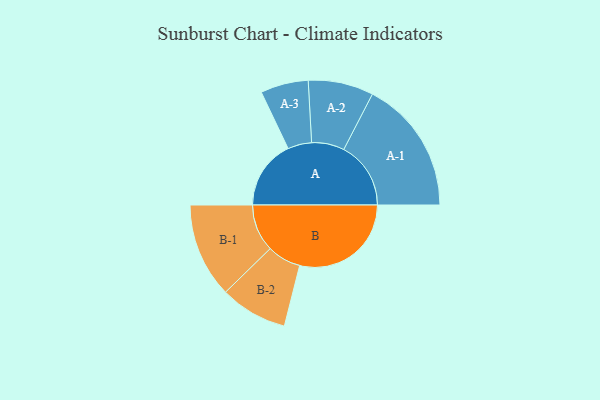
{"axis": {"x": "Segment", "y": "Value"}, "legend": ["", "A", "B"], "data": [{"x": "A", "y": 309, "type": ""}, {"x": "B", "y": 499, "type": ""}, {"x": "A-1", "y": 300, "type": "A"}, {"x": "A-2", "y": 146, "type": "A"}, {"x": "A-3", "y": 107, "type": "A"}, {"x": "B-1", "y": 212, "type": "B"}, {"x": "B-2", "y": 151, "type": "B"}]}